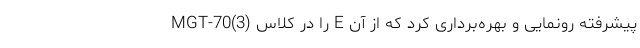
MGT-70(3) را در کلاس E پیشرفته رونمایی و بهره‌برداری کرد كه از آن